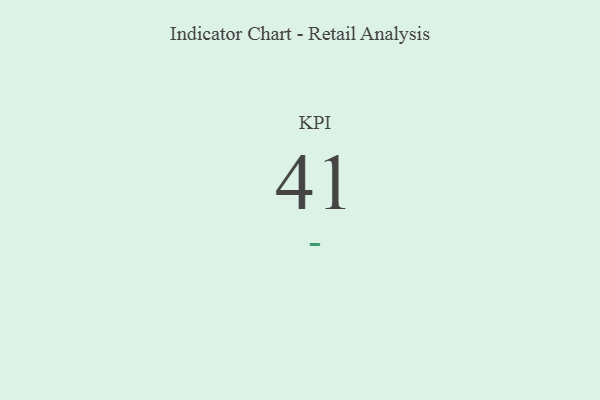
{"axis": {"x": "KPI", "y": "Value"}, "legend": [""], "data": [{"x": "KPI", "y": 41, "type": ""}]}